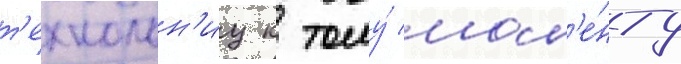
т'ехнолон'иу к тому́ мом'е́нту